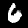
Digit: 6